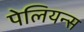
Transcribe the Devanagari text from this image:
पेलियन्स